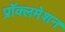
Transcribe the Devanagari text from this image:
प्रॉक्लमेशन